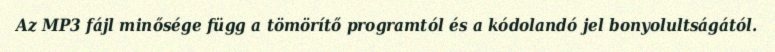
Az MP3 fájl minősége függ a tömörítő programtól és a kódolandó jel bonyolultságától.